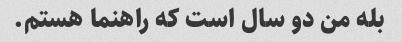
بله من دو سال است که راهنما هستم.